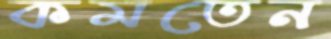
কমতেন